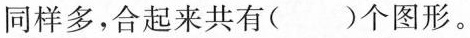
同样多，合起来共有（ ）个图形。